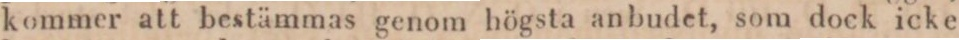
kommer att bestämmas genom högsta anbudet, som dock icke